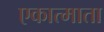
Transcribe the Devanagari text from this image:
एकात्माता